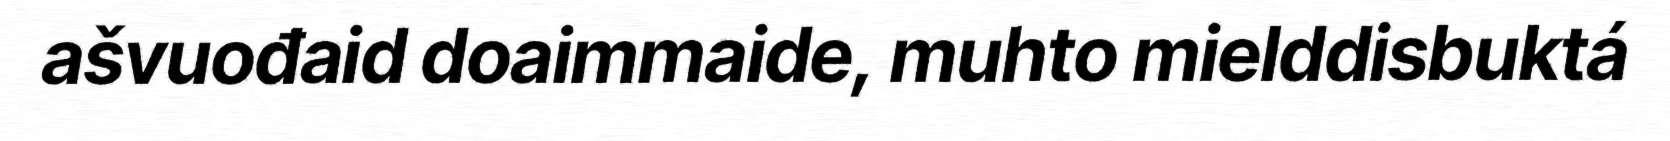
ašvuođaid doaimmaide, muhto mielddisbuktá